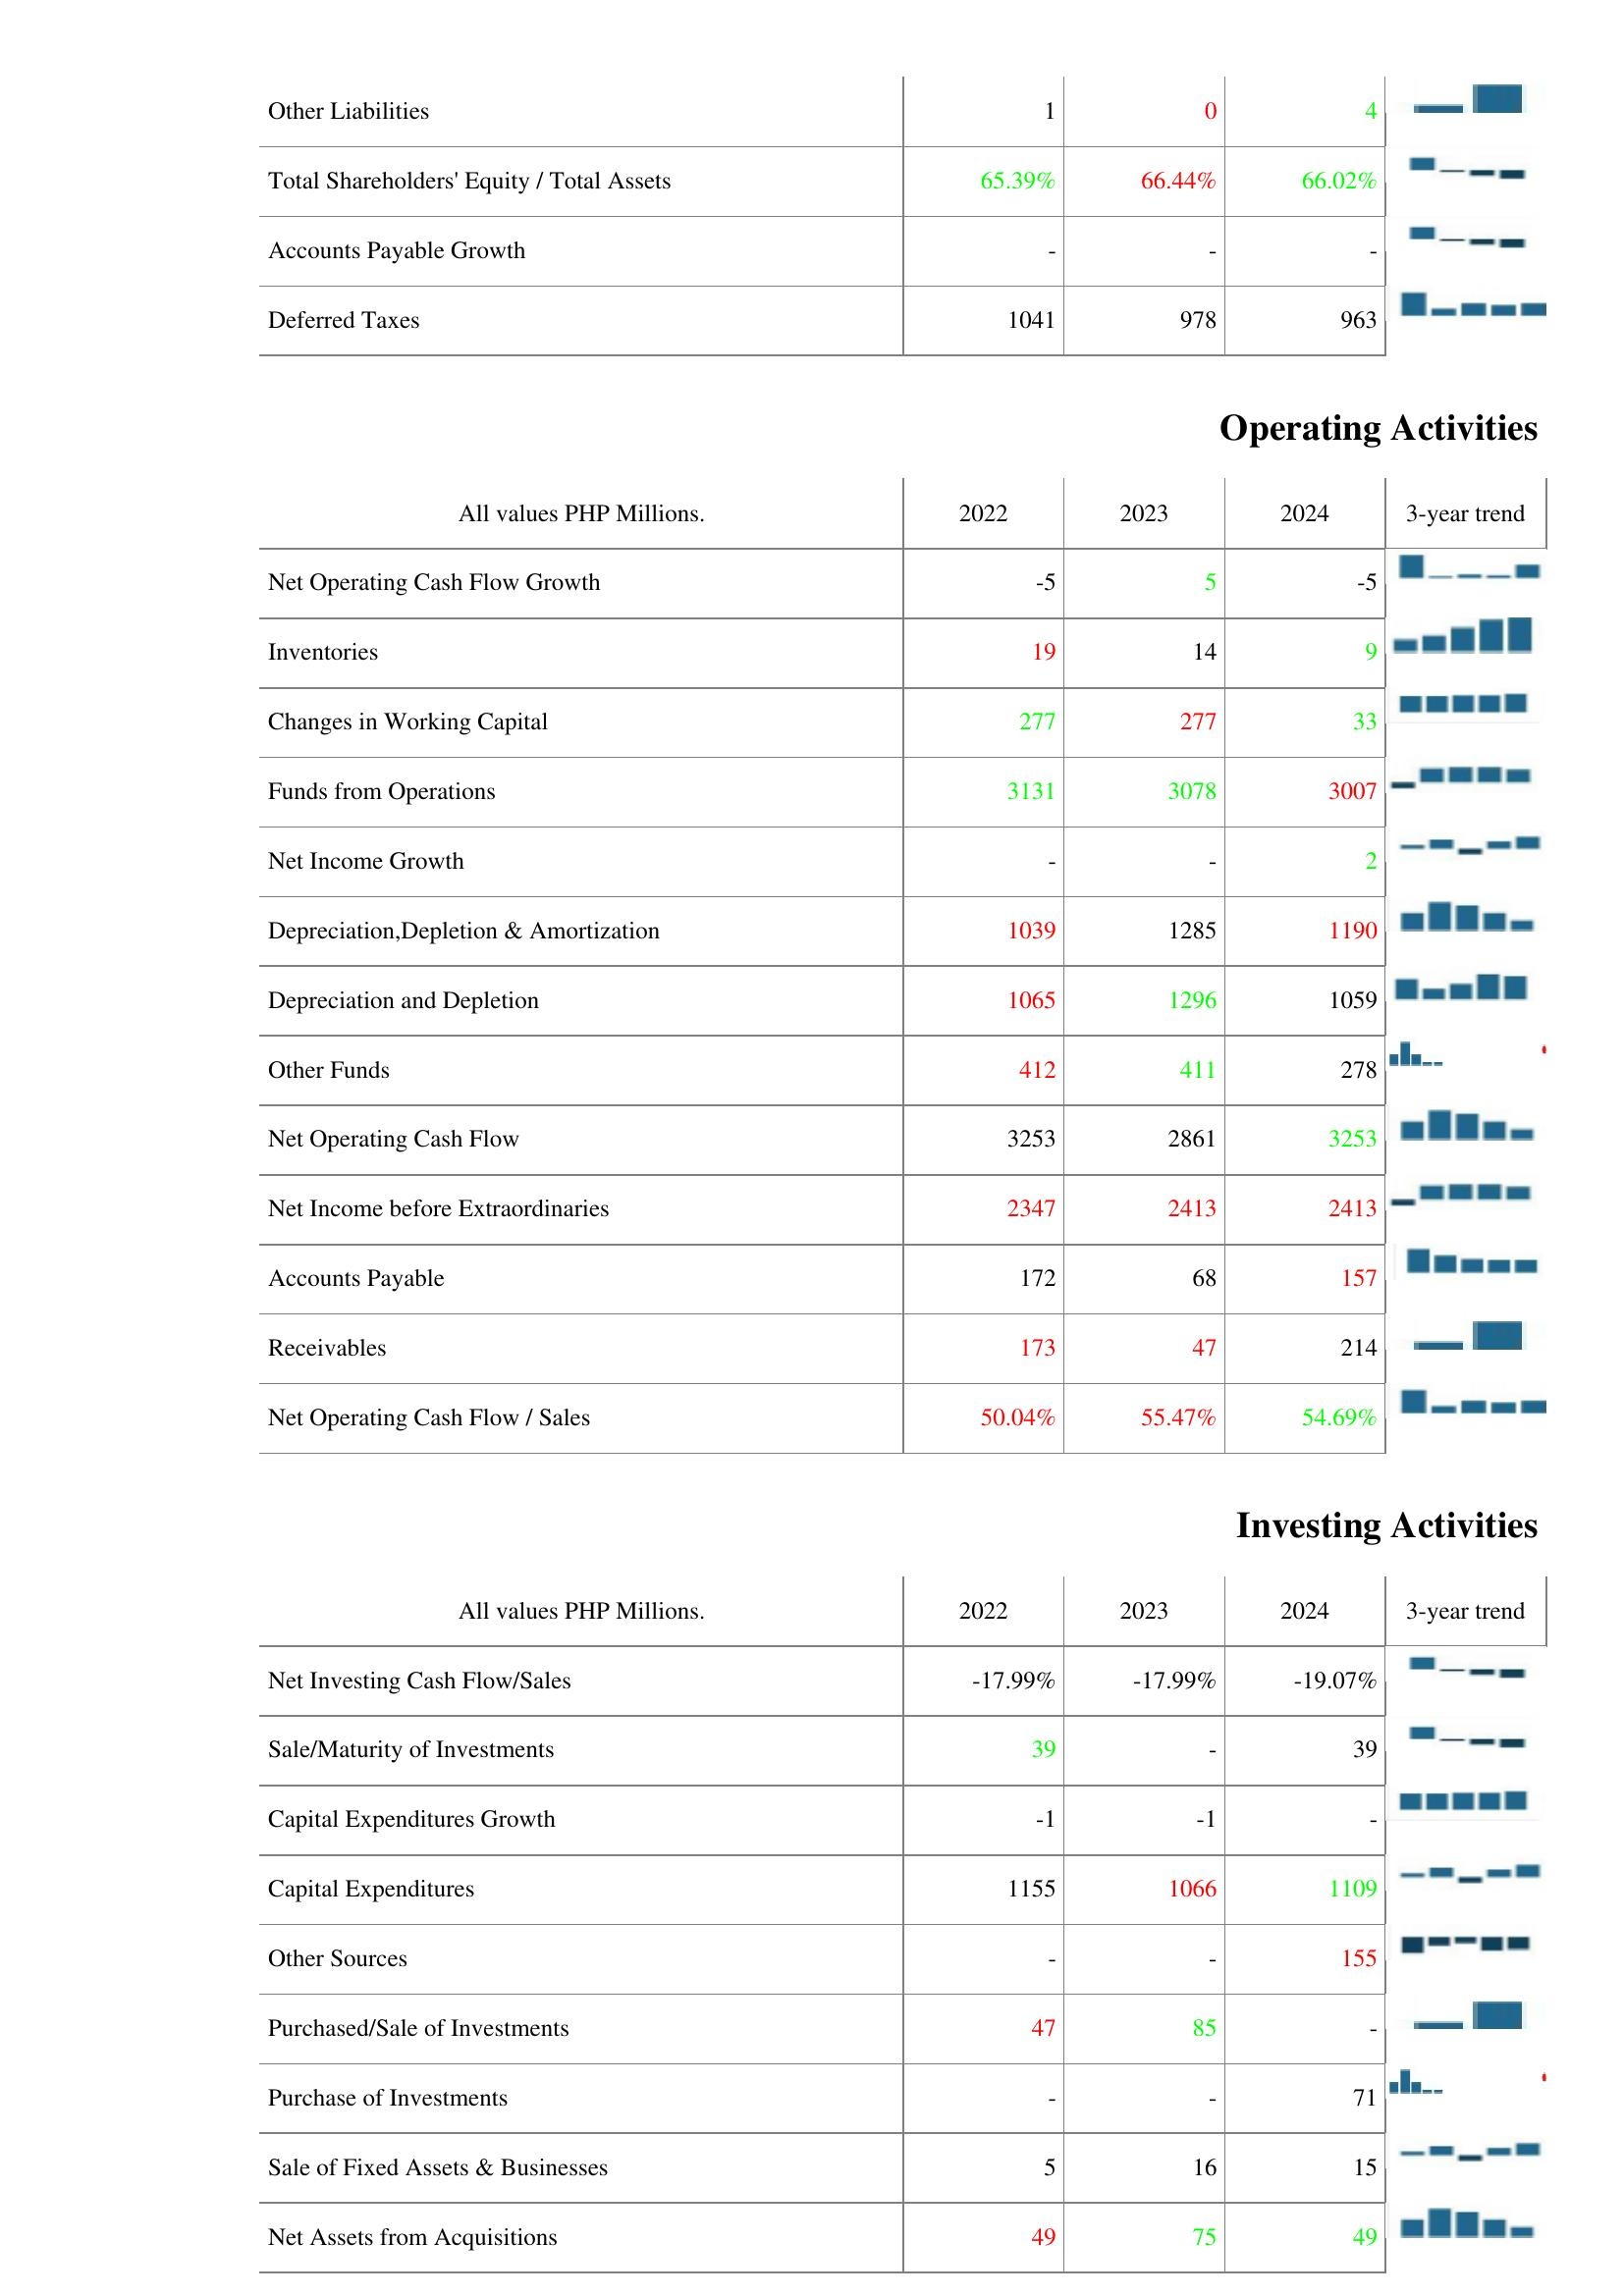
2022: Liabilities & Shareholder's Equity: Other Liabilities: 1
Total Shareholders' Equity / Total Assets: 65.39%
Accounts Payable Growth: -
Deferred Taxes: 1041
Operating Activities: Net Operating Cash Flow Growth: -5
Inventories: 19
Changes in Working Capital: 277
Funds from Operations: 3131
Net Income Growth: -
Depreciation,Depletion & Amortization: 1039
Depreciation and Depletion: 1065
Other Funds: 412
Net Operating Cash Flow: 3253
Net Income before Extraordinaries: 2347
Accounts Payable: 172
Receivables: 173
Net Operating Cash Flow / Sales: 50.04%
Investing Activities: Net Investing Cash Flow/Sales: -17.99%
Sale/Maturity of Investments: 39
Capital Expenditures Growth: -1
Capital Expenditures: 1155
Other Sources: -
Purchased/Sale of Investments: 47
Purchase of Investments: -
Sale of Fixed Assets & Businesses: 5
Net Assets from Acquisitions: 49
2023: Liabilities & Shareholder's Equity: Other Liabilities: 0
Total Shareholders' Equity / Total Assets: 66.44%
Accounts Payable Growth: -
Deferred Taxes: 978
Operating Activities: Net Operating Cash Flow Growth: 5
Inventories: 14
Changes in Working Capital: 277
Funds from Operations: 3078
Net Income Growth: -
Depreciation,Depletion & Amortization: 1285
Depreciation and Depletion: 1296
Other Funds: 411
Net Operating Cash Flow: 2861
Net Income before Extraordinaries: 2413
Accounts Payable: 68
Receivables: 47
Net Operating Cash Flow / Sales: 55.47%
Investing Activities: Net Investing Cash Flow/Sales: -17.99%
Sale/Maturity of Investments: -
Capital Expenditures Growth: -1
Capital Expenditures: 1066
Other Sources: -
Purchased/Sale of Investments: 85
Purchase of Investments: -
Sale of Fixed Assets & Businesses: 16
Net Assets from Acquisitions: 75
2024: Liabilities & Shareholder's Equity: Other Liabilities: 4
Total Shareholders' Equity / Total Assets: 66.02%
Accounts Payable Growth: -
Deferred Taxes: 963
Operating Activities: Net Operating Cash Flow Growth: -5
Inventories: 9
Changes in Working Capital: 33
Funds from Operations: 3007
Net Income Growth: 2
Depreciation,Depletion & Amortization: 1190
Depreciation and Depletion: 1059
Other Funds: 278
Net Operating Cash Flow: 3253
Net Income before Extraordinaries: 2413
Accounts Payable: 157
Receivables: 214
Net Operating Cash Flow / Sales: 54.69%
Investing Activities: Net Investing Cash Flow/Sales: -19.07%
Sale/Maturity of Investments: 39
Capital Expenditures Growth: -
Capital Expenditures: 1109
Other Sources: 155
Purchased/Sale of Investments: -
Purchase of Investments: 71
Sale of Fixed Assets & Businesses: 15
Net Assets from Acquisitions: 49